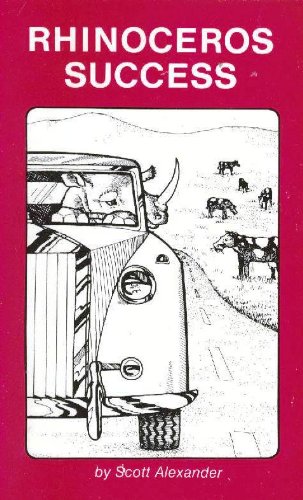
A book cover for Rhinoceros Success; Scott Alexander; Humor & Entertainment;